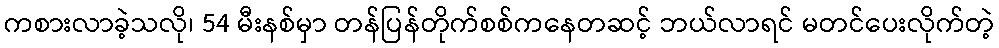
ကစားလာခဲ့သလို၊ 54 မီးနစ်မှာ တန်ပြန်တိုက်စစ်ကနေတဆင့် ဘယ်လာရင် မတင်ပေးလိုက်တဲ့